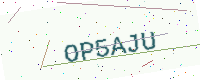
Text: OP5AJU